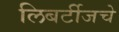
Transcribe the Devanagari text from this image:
लिबर्टीजचे